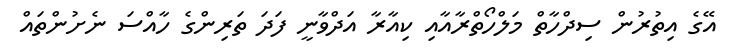
އޭގެ އިތުރުން ސިދްހާތް މަލްހޯތްރާއާއި ކިއާރާ އަދްވާނީ ފަދަ ތަރިންގެ ހާއްސަ ނެށުންތައް